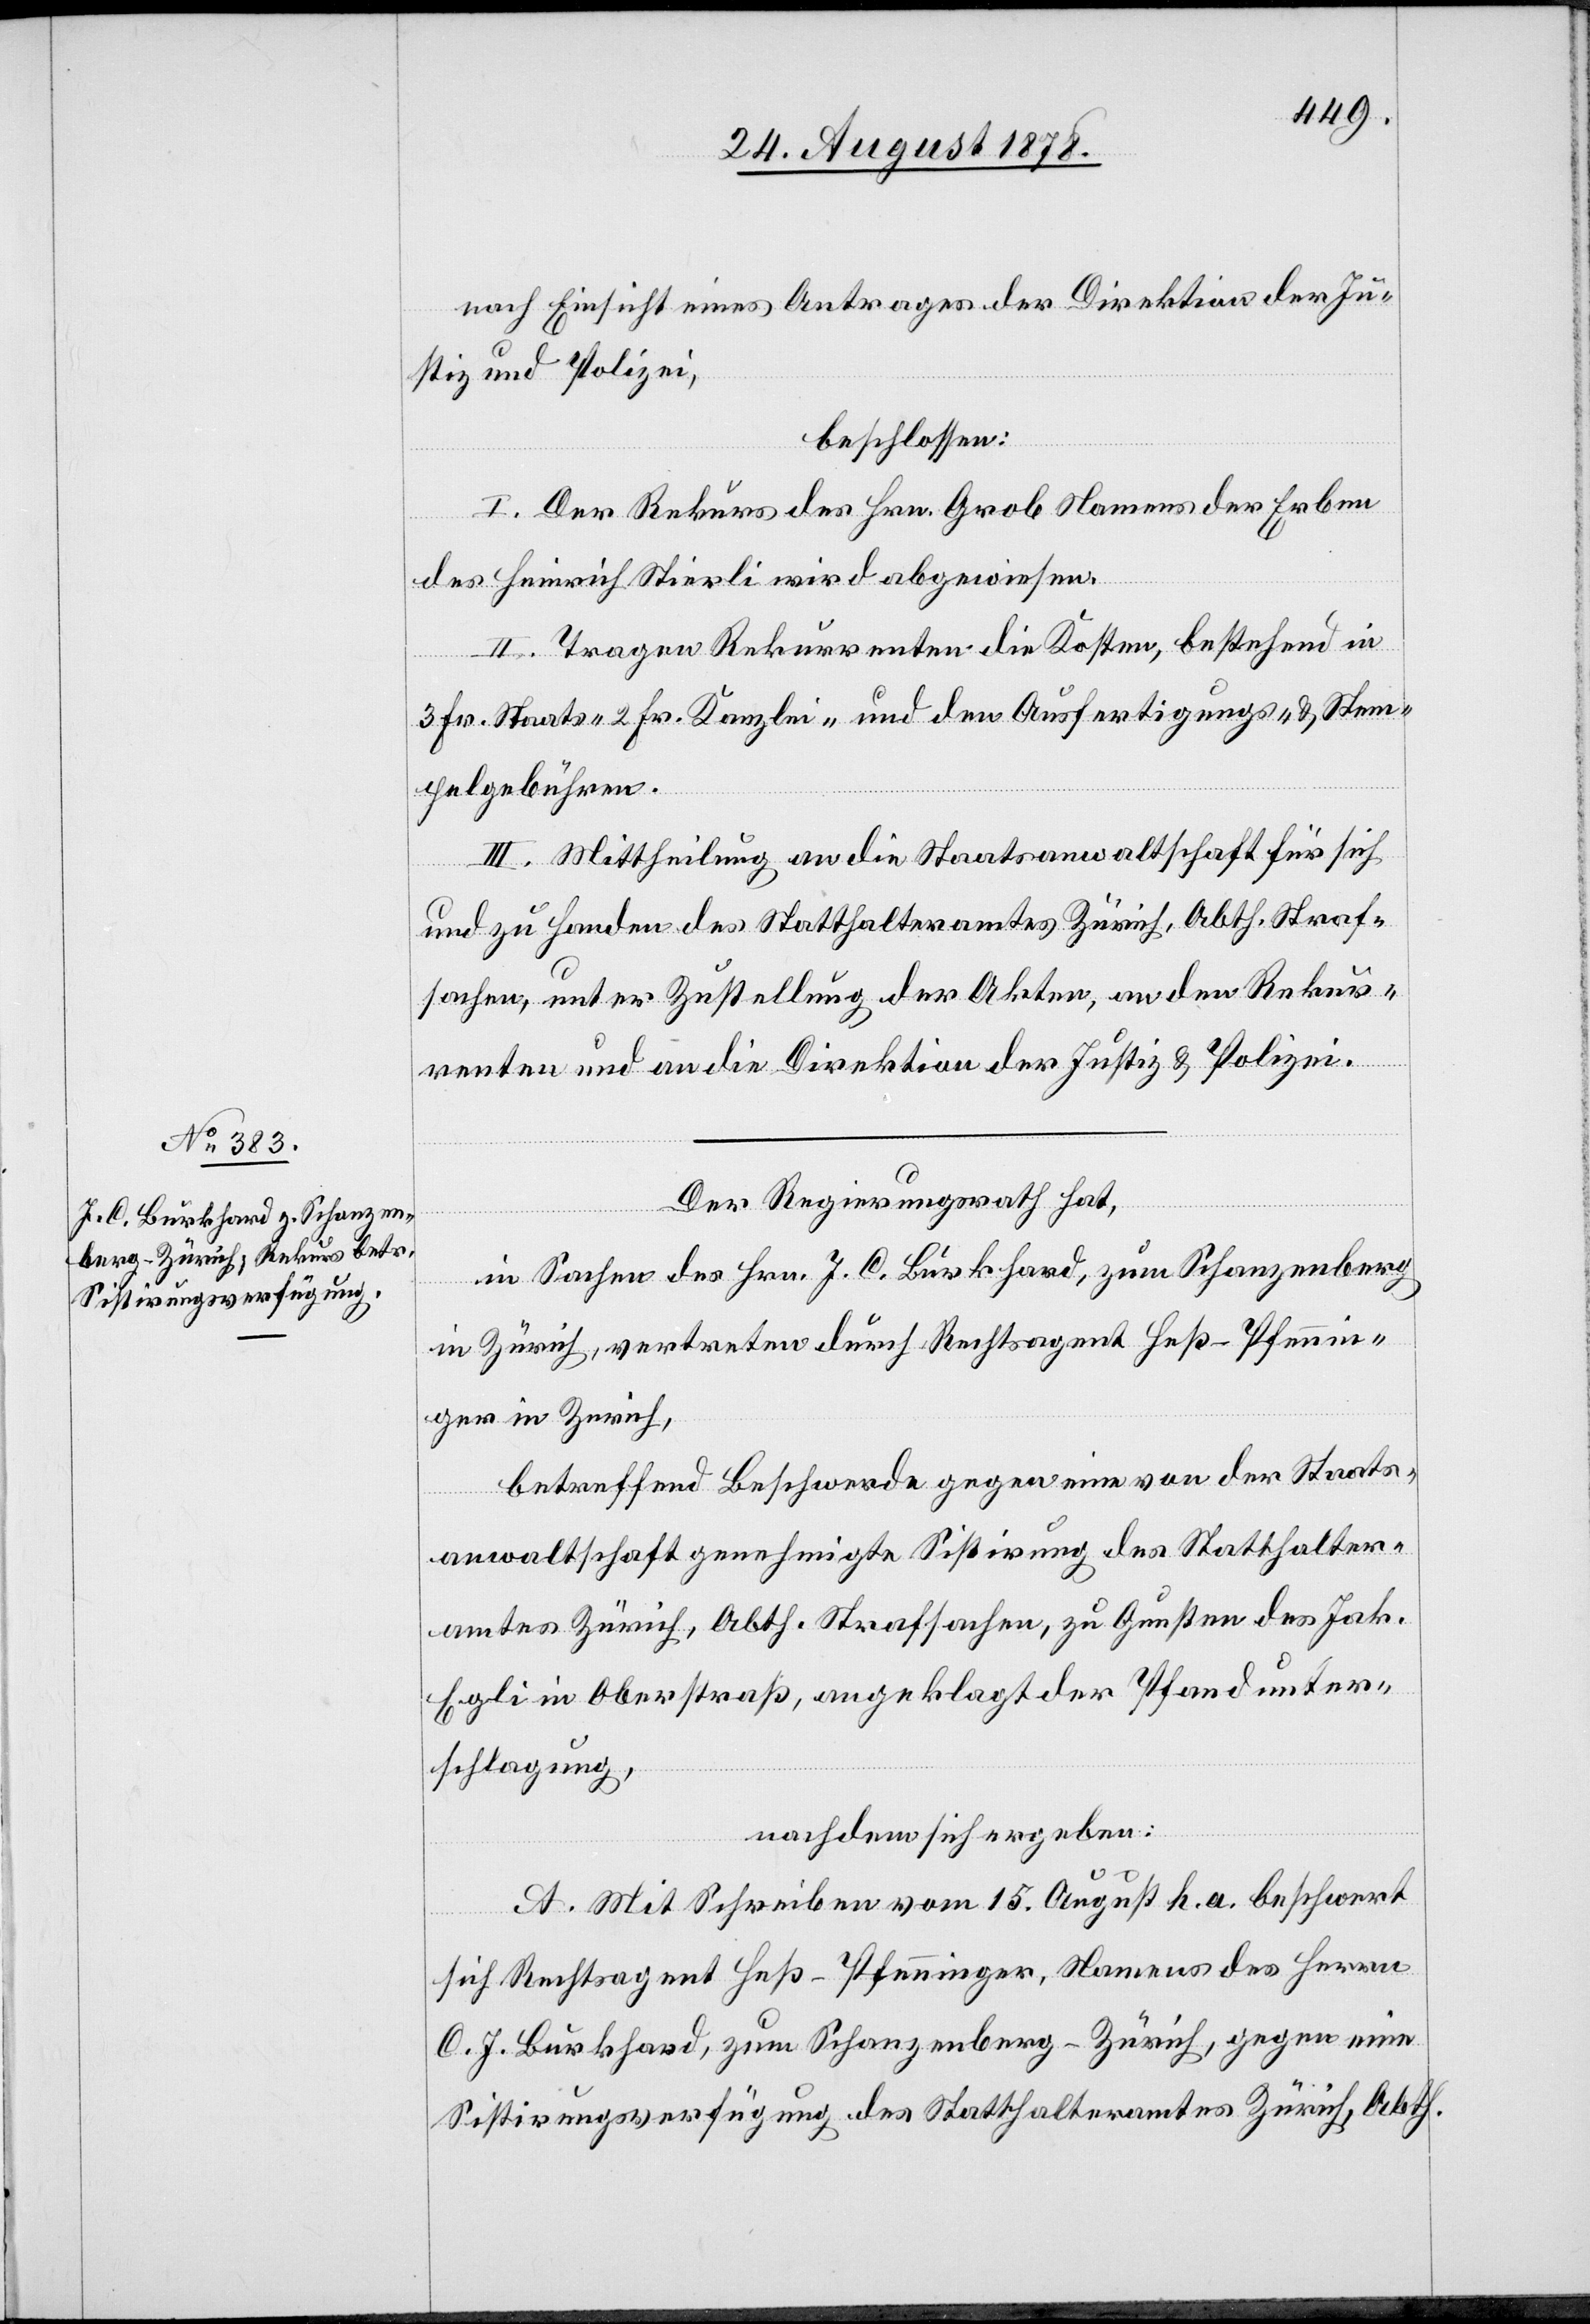
nach Einsicht eines Antrages der Direktion der Ju¬
stiz und Polizei,
beschlossen:
I. Der Rekurs des Hrn. Grob Namens der Erben
des Heinrich Stierli wird abgewiesen.
II. Tragen Rekurrenten die Kosten, bestehend in
3 Fr. Staats-[,] Kanzlei- und den Ausfertigungs- & Stem¬
pelgebühren.
III. Mittheilung an die Staatsanwaltschaft für sich
und zu Handen des Statthalteramtes Zürich, Abth. Straf¬
sachen, unter Zustellung der Akten, an den Rekur¬
renten und an die Direktion der Justiz & Polizei.
Der Regierungsrath hat,
in Sachen des Hrn. J. C. Burkhard, zum Schanzenberg
in Zürich, vertreten durch Rechtsagent Heß-Pfennin¬
ger in Zürich,
betreffend Beschwerde gegen eine von der Staats¬
anwaltschaft genehmigte Sistirung des Statthalter¬
amtes Zürich, Abth. Strafsachen, zu Gunsten des Jak.
Egli in Oberstraß, angeklagt der Pfandunter¬
schlagung,
nachdem sich ergeben:
A. Mit Schreiben vom 15. August h. a. beschwert
sich Rechtsagent Hess-Pfenninger, Namens des Herrn
[sic!] Burkhard, zum Schanzenberg - Zürich, gegen eine
Sistirungsverfügung des Statthalteramtes Zürich, Abth.